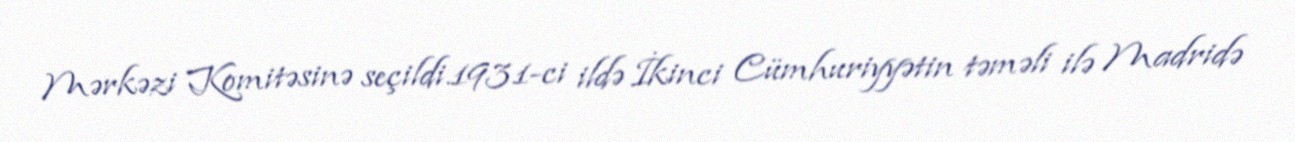
Mərkəzi Komitəsinə seçildi.1931-ci ildə İkinci Cümhuriyyətin təməli ilə Madridə